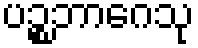
ပဉ္စဘာဂေသု